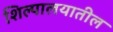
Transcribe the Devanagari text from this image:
शिल्पालयातील